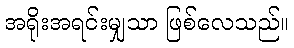
အရိုးအရင်းမျှသာ ဖြစ်လေသည်။